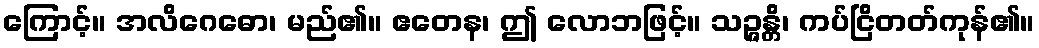
ကြောင့်။ အလိဂေဓော၊ မည်၏။ ဧတေန၊ ဤ လောဘဖြင့်။ သဉ္ဇန္တိ၊ ကပ်ငြိတတ်ကုန်၏။